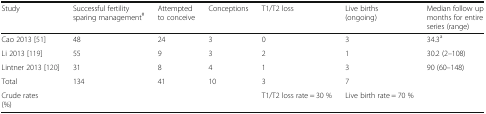
| Study | Successful fertility sparing management# | Attempted to conceive | Conceptions | T1/T2 loss | Live births (ongoing) | Median follow up months for entire series (range) |
 | --- | --- | --- | --- | --- | --- | --- |
 | Cao 2013 [51] | 48 | 24 | 3 | 0 | 3 | 34.3a |
 | Li 2013 [119] | 55 | 9 | 3 | 2 | 1 | 30.2 (2–108) |
 | Lintner 2013 [120] | 31 | 8 | 4 | 1 | 3 | 90 (60–148) |
 | Total | 134 | 41 | 10 | 3 | 7 |  |
 | Crude rates(%) |  |  |  | T1/T2 loss rate = 30 % | Live birth rate = 70 % |  |